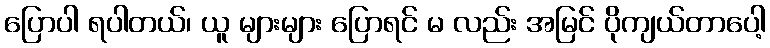
ပြောပါ ရပါတယ်၊ ယူ များများ ပြောရင် မ လည်း အမြင် ပိုကျယ်တာပေါ့